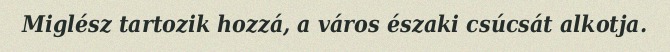
Miglész tartozik hozzá, a város északi csúcsát alkotja.